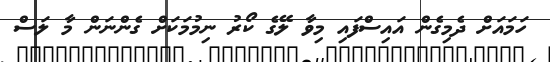
ހަމައަށް ދެމިގެން އައިސްފައި މިވާ ލޭގެ ކޯރު ނިމުމަކަށް ގެންނަން މާ ލަސް